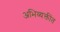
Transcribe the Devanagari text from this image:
अभिव्यक्तींत